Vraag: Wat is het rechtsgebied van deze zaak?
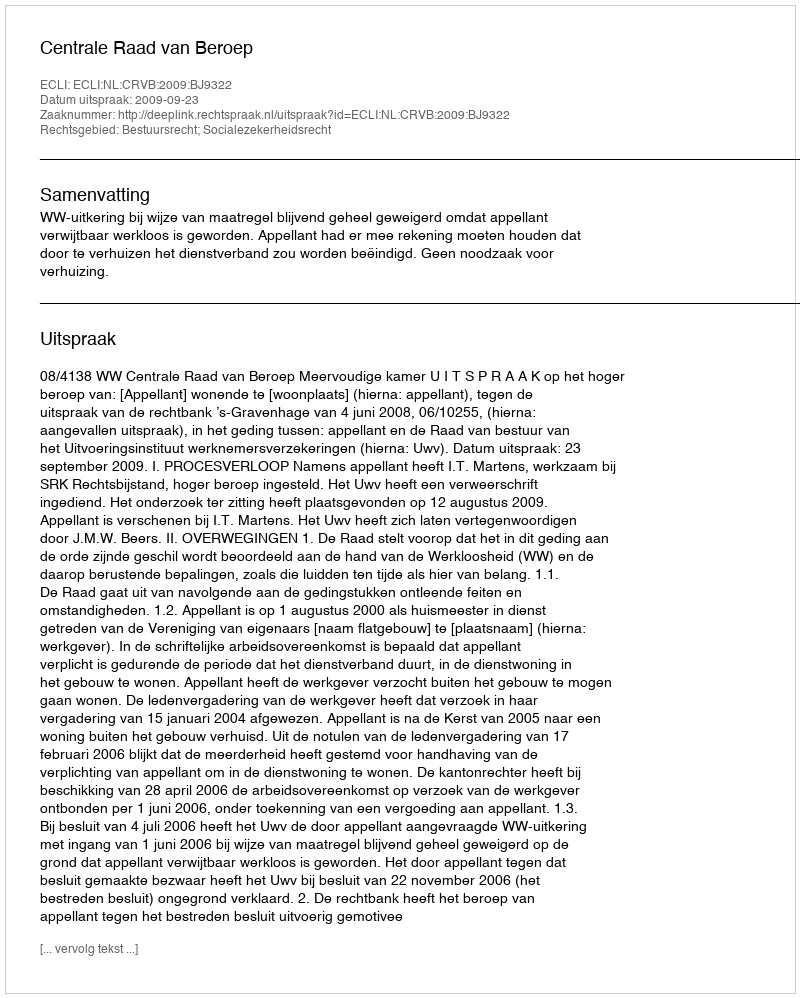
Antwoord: Bestuursrecht; Socialezekerheidsrecht